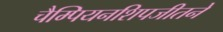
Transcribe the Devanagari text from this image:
चैम्पियनशिपजीतने